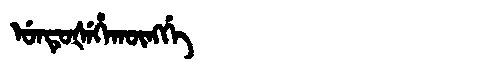
Manchu: ᡠᠨᡨᡠᡧᡝᡥᠠᡴᡡᠩᡤᡝ
Romanization: UNTUŠEHAKŪNGGE